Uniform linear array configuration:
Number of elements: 8
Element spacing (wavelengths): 1
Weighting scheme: blackman
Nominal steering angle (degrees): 45
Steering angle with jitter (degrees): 44.883
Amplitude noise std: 0.05
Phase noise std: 0.05

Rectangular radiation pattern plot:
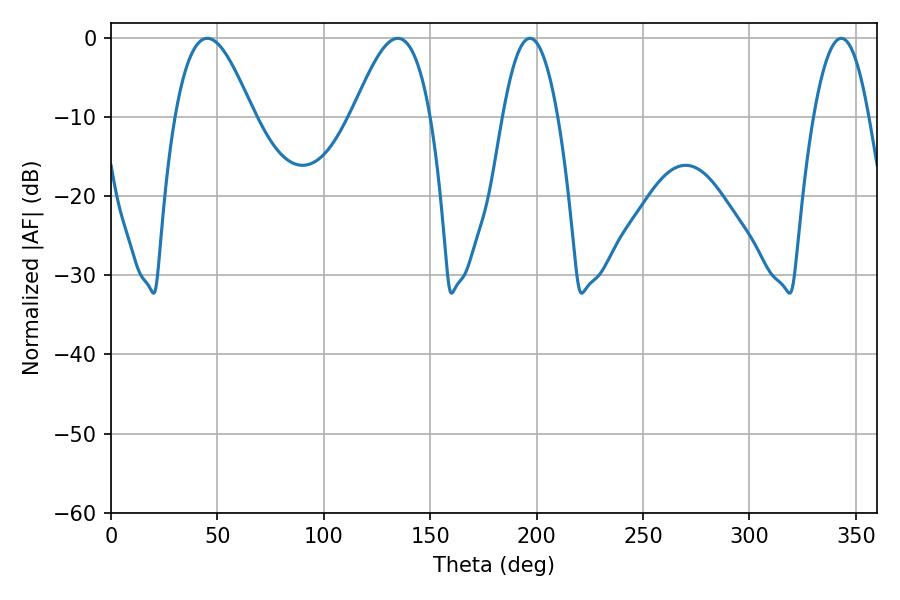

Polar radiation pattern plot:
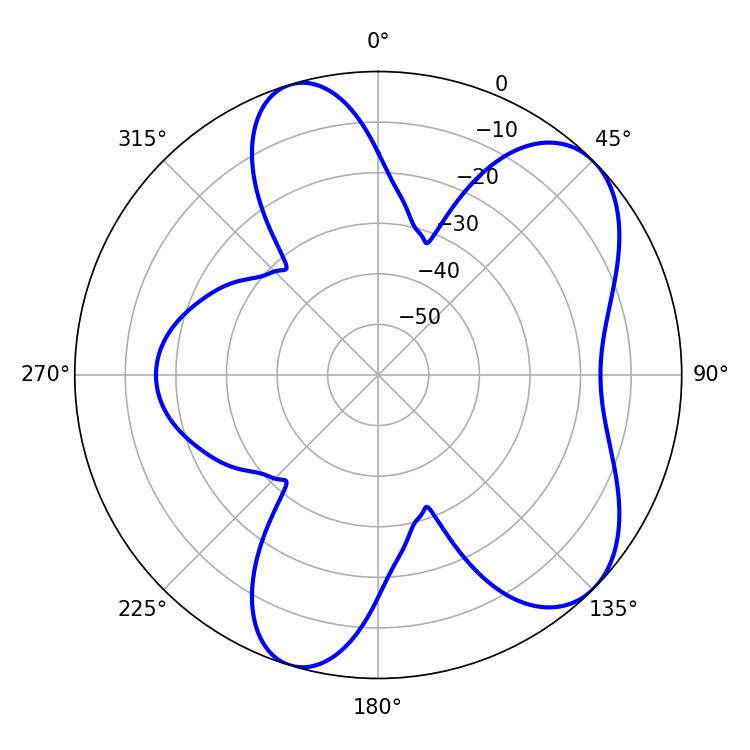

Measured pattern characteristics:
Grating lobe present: TRUE
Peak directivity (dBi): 6.983
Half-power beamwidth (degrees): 19.8
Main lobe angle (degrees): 45.18